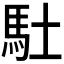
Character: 𩡶